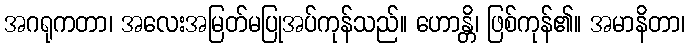
အဂရုကတာ၊ အလေးအမြတ်မပြုအပ်ကုန်သည်။ ဟောန္တိ၊ ဖြစ်ကုန်၏။ အမာနိတာ၊